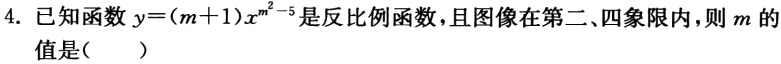
4. 已知函数$y = (m + 1)x^{m^{2}-5}$是反比例函数，且图像在第二、四象限内，则$m$的值是（  ）